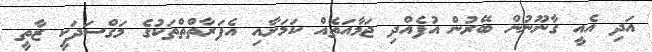
އަދި އެއީ ގާނޫނުން ބޭރުން އުފެއްދި ޖަމާއަތެއް ކަމަށާއި އެފަރާތްތްތަކުގެ މަގްސަދަކީ ޒާތީ